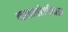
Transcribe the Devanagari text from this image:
माइलोजीनस